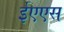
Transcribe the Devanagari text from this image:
ईएएस